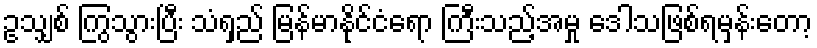
ဥသျှစ် ကြွသွားပြီး သံရှည် မြန်မာနိုင်ငံရော ကြီးသည့်အမှု ဒေါသဖြစ်ရမှန်းတော့